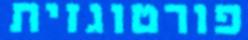
פורטוגזית